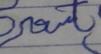
Signature authenticity: forged